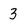
Character: 3